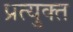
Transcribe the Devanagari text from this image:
प्रत्युक्त